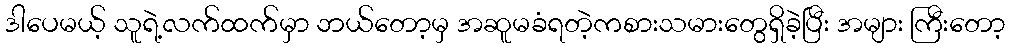
ဒါပေမယ့် သူရဲ့လက်ထက်မှာ ဘယ်တော့မှ အဆူမခံရတဲ့ကစားသမားတွေရှိခဲ့ပြီး အများ ကြီးတော့